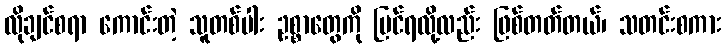
လိုချင်စရာ ကောင်းတဲ့ သူတစ်ပါး ဥစ္စာတွေကို မြင်ရလို့လည်း ဖြစ်တတ်တယ်၊ သတင်းစကား